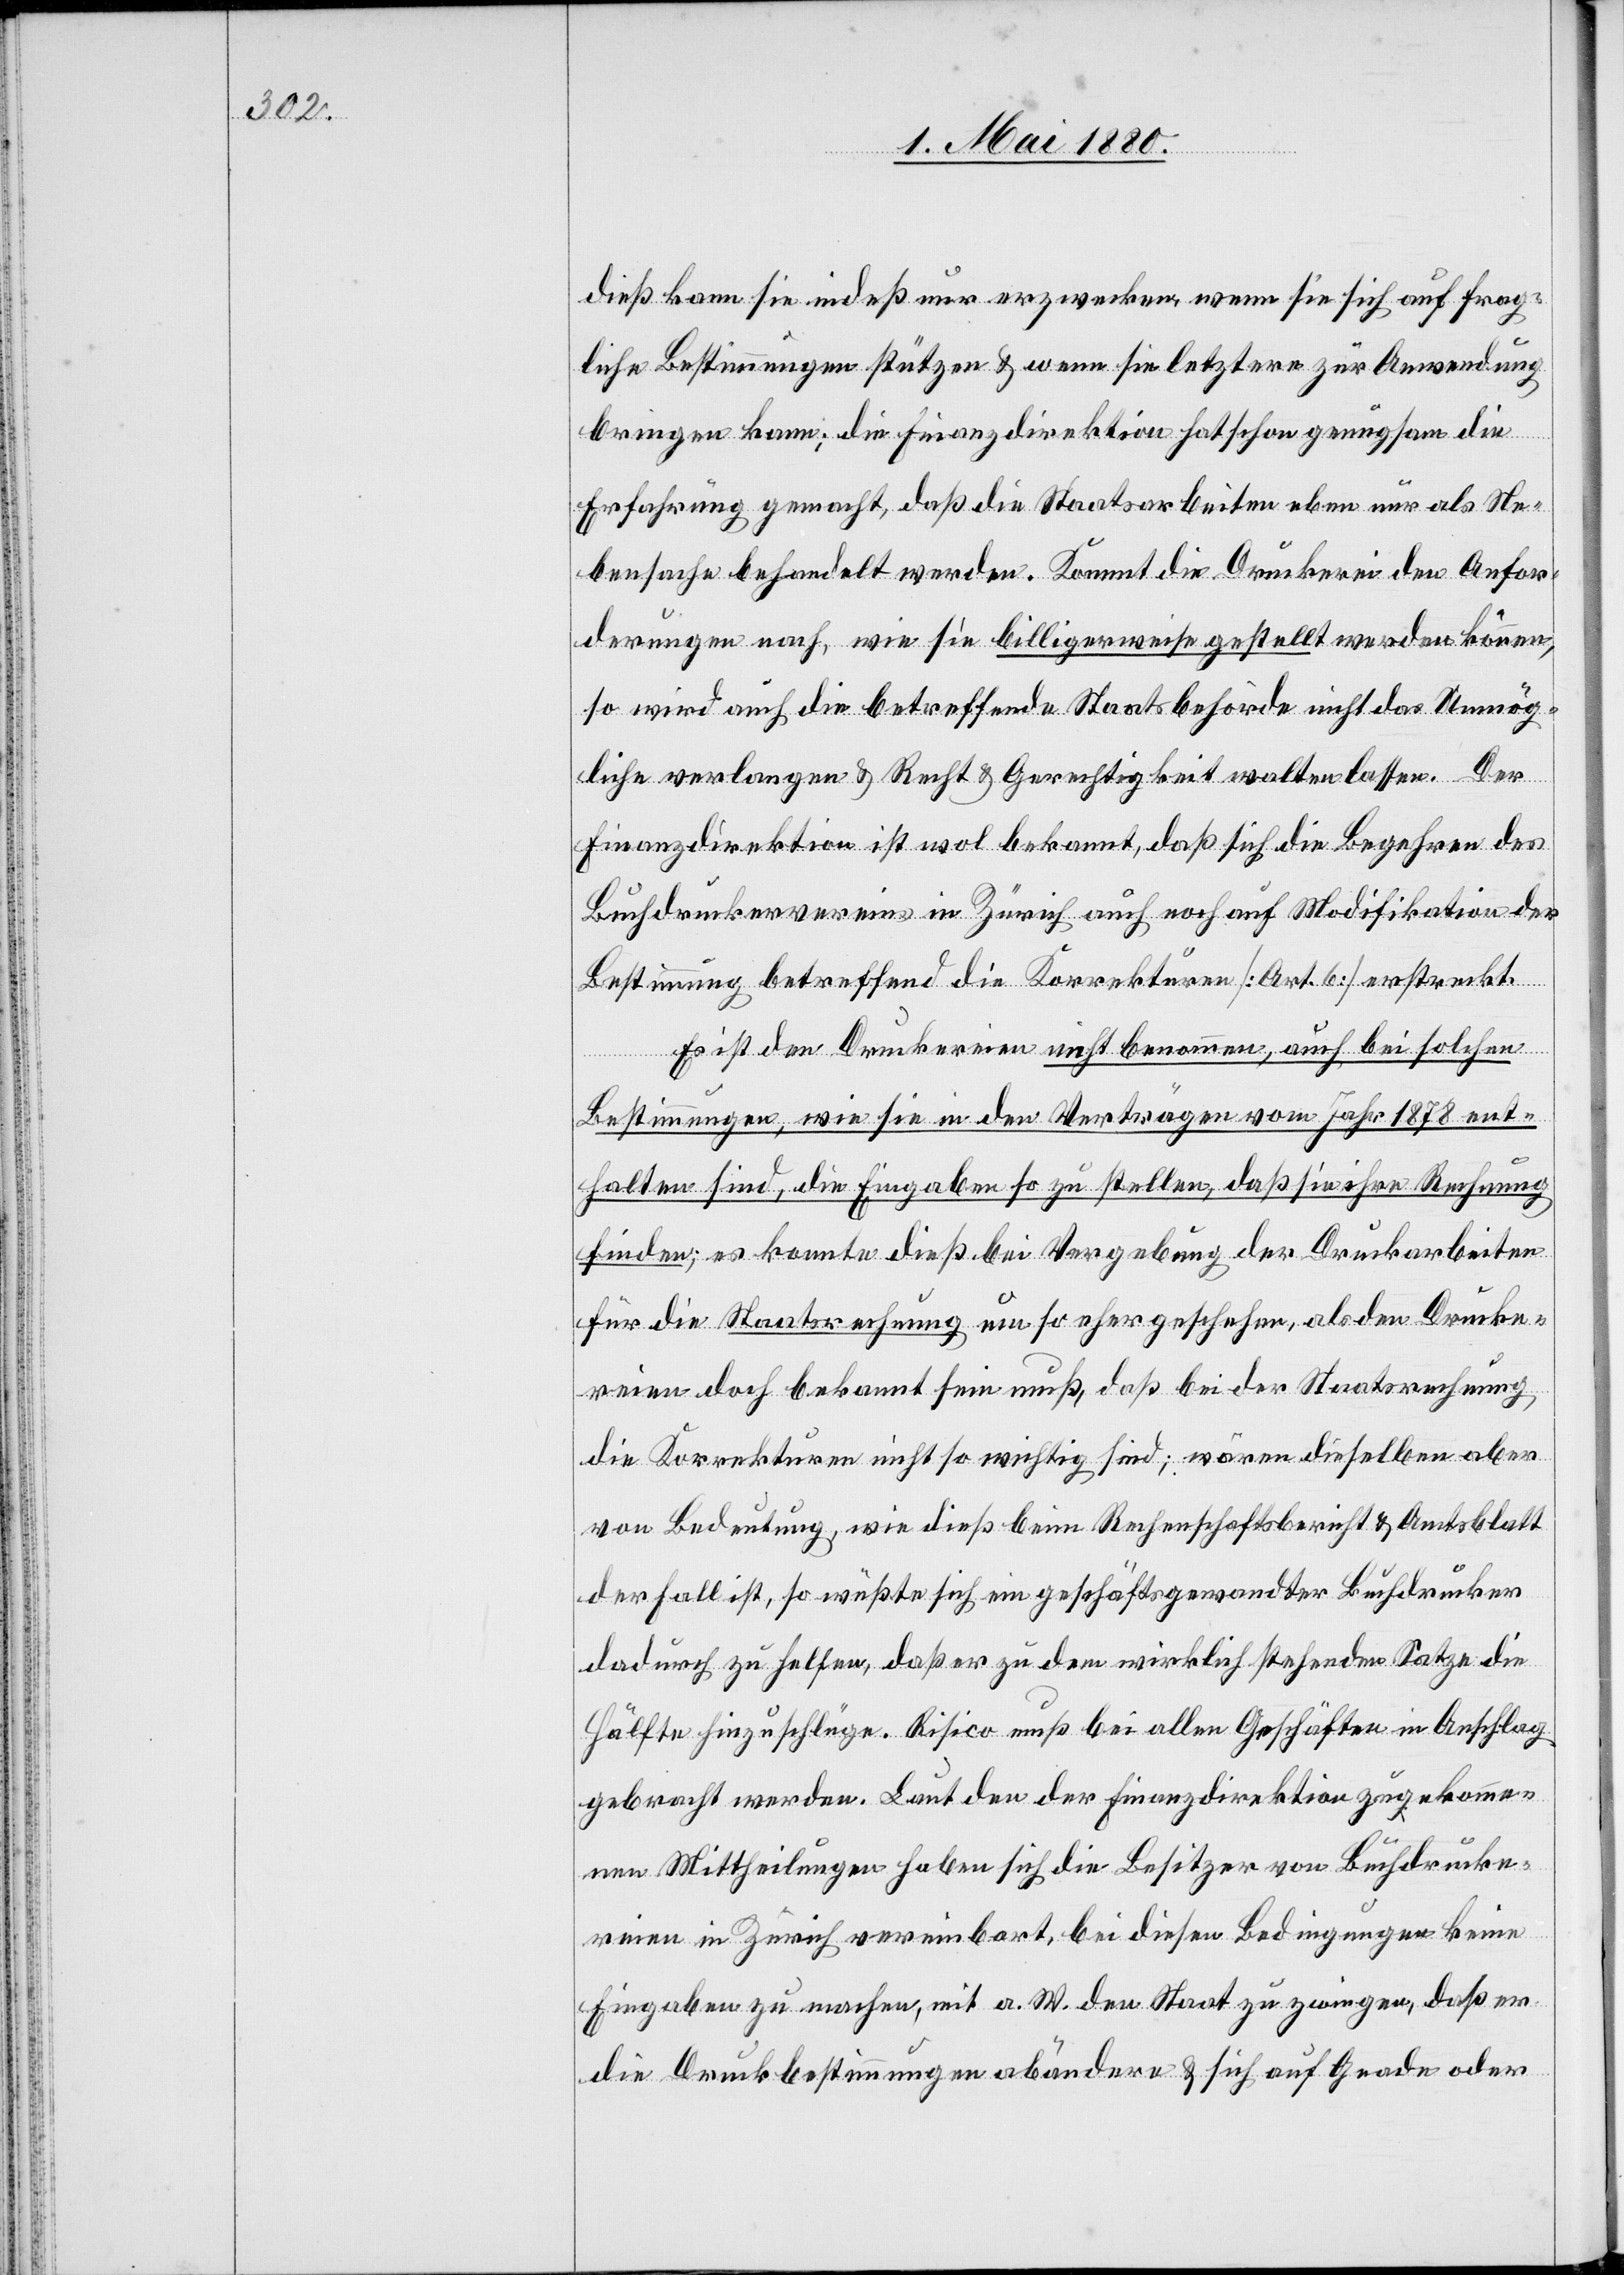
dieß kann sie indeß nur erzwecken, wenn sie sich auf frag¬
liche Bestimmungen stützen & wenn sie letztere zur Anwendung
bringen kann; die Finanzdirektion hat schon genugsam die
Erfahrung gemacht, daß die Staatsarbeiten eben nur als Ne¬
bensache behandelt werden. Kommt die Druckerei den Anfor¬
derungen nach, wie sie billigerweise gestellt werden können,
so wird auch die betreffende Staatsbehörde nicht das Unmög¬
liche verlangen & Recht & Gerechtigkeit walten lassen. Der
Finanzdirektion ist wol bekannt, daß sich die Begehren des
Buchdruckvereins in Zürich auch noch auf Modifikation der
Bestimmung betreffend die Korrekturen [Art. 6] erstreckt.
Es ist den Druckereien nicht benommen, auch bei solchen
Bestimmungen, wie sie in den Verträgen vom Jahr 1878 ent¬
halten sind, die Eingaben so zu stellen, daß sie ihre Rechnung
finden; es konnte dieß bei Vergebung der Druckarbeiten
für die Staatsrechnung um so eher geschehen, als den Drucke¬
reien doch bekannt sein muß, daß bei der Staatsrechnung
die Korrekturen nicht so wichtig sind; wären dieselben aber
von Bedeutung, wie dieß beim Rechenschaftsbericht & Amtsblatt
der Fall ist, so wüßte sich ein geschäftsgewandter Buchdrucker
dadurch zu helfen, daß er zu dem wirklich stehenden Satze die
Hälfte hinzuschlüge. Risico muß bei allen Geschäften in Anschlag
gebracht werden. Laut den der Finanzdirektion zugekomme¬
nen Mittheilungen haben sich die Besitzer von Buchdrucke¬
reien in Zürich vereinbart, bei diesen Bedingungen keine
Eingaben zu machen, mit a. W. den Staat zu zwingen, daß er
die Druckbestimmungen abändere & sich auf Gnade oder